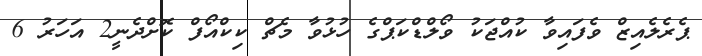
ޕެރެލެއިޒް ވެފައިވާ ކުއްޖަކު ވޯލްޑްކަޕްގެ ހުޅުވާ މެޗް ކިކްއޯފް ކޮށްދެނީ2 އަހަރު 6